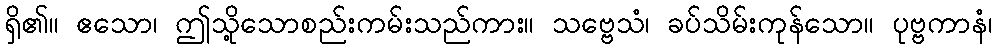
ရှိ၏။ ဧသော၊ ဤသို့သောစည်းကမ်းသည်ကား။ သဗ္ဗေသံ၊ ခပ်သိမ်းကုန်သော။ ပုဗ္ဗကာနံ၊